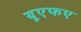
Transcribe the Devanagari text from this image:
यूएफए